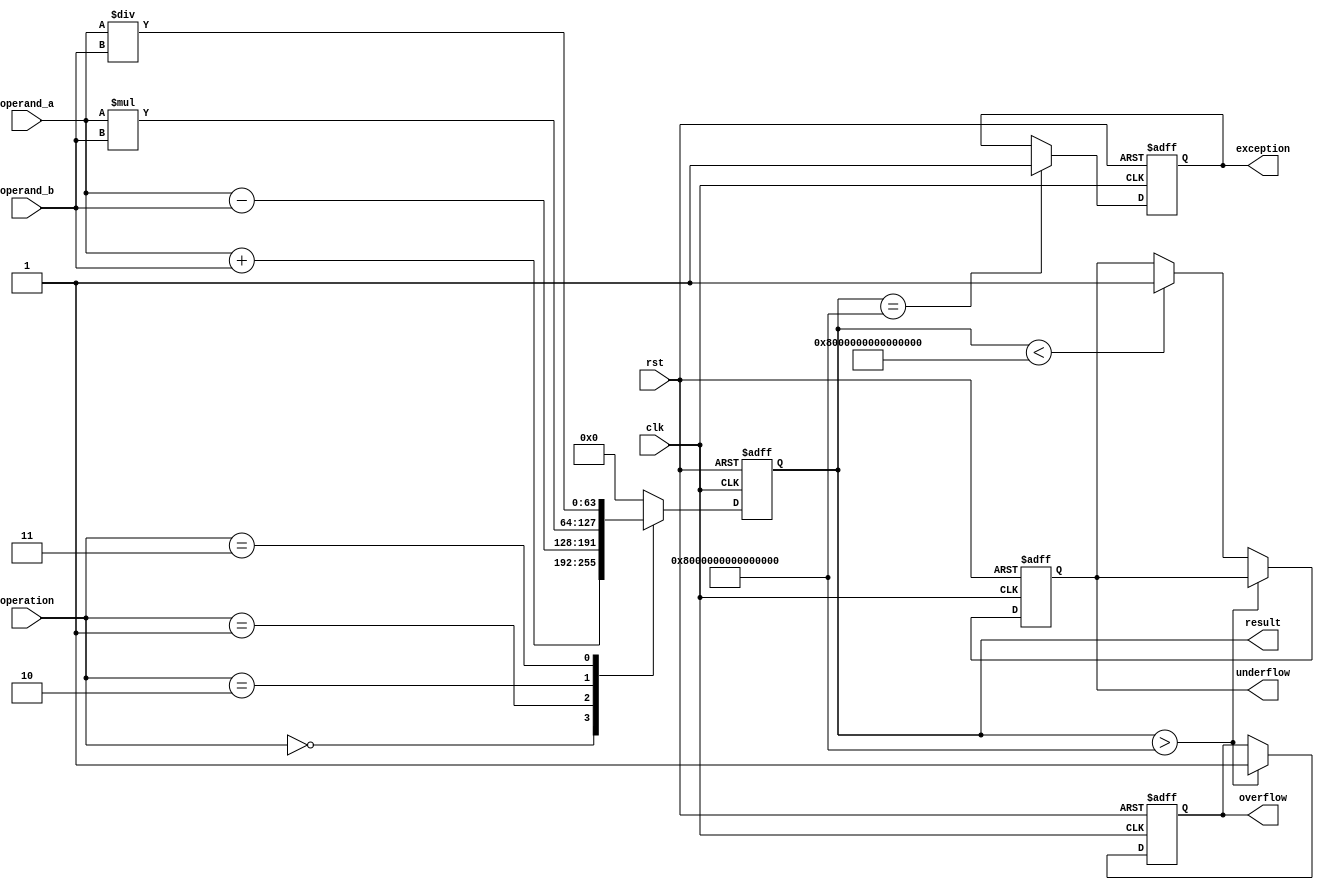
module TriplePrecisionFloatingPointUnit (
    input wire clk,
    input wire rst,
    input wire [2:0] operation,
    input wire [63:0] operand_a,
    input wire [63:0] operand_b,
    output wire [63:0] result,
    output wire overflow,
    output wire underflow,
    output wire exception
);

reg [63:0] result_reg;
reg overflow_reg;
reg underflow_reg;
reg exception_reg;

always @ (posedge clk or posedge rst) begin
    if (rst) begin
        result_reg <= 64'b0;
        overflow_reg <= 1'b0;
        underflow_reg <= 1'b0;
        exception_reg <= 1'b0;
    end else begin
        case(operation)
            3'b000: result_reg <= operand_a + operand_b; // Addition
            3'b001: result_reg <= operand_a - operand_b; // Subtraction
            3'b010: result_reg <= operand_a * operand_b; // Multiplication
            3'b011: result_reg <= operand_a / operand_b; // Division
            default: result_reg <= 64'b0;
        endcase
        
        // Check for overflow and underflow
        if (result_reg > (64'b0111111111111111111111111111111111111111111111111111111111111111)) begin
            overflow_reg <= 1'b1;
        end else if (result_reg < (64'b1000000000000000000000000000000000000000000000000000000000000000)) begin
            underflow_reg <= 1'b1;
        end
        
        // Check for exceptions such as NaN or infinity
        if (result_reg == (64'b0111111111111111111111111111111111111111111111111111111111111111)) begin
            exception_reg <= 1'b1;
        end
    end
end

assign result = result_reg;
assign overflow = overflow_reg;
assign underflow = underflow_reg;
assign exception = exception_reg;

endmodule